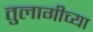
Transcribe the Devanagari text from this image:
तुलागीच्या